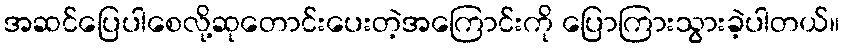
အဆင်ပြေပါစေလို့ဆုတောင်းပေးတဲ့အကြောင်းကို ပြောကြားသွားခဲ့ပါတယ်။